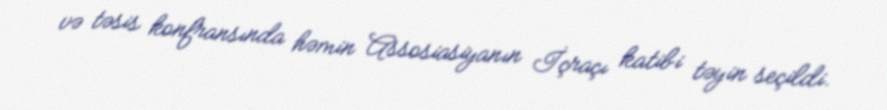
və təsis konfransında həmin Assosiasiyanın İçraçı katibi təyin seçildi.